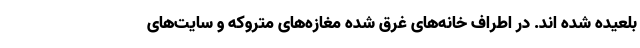
بلعیده شده اند. در اطراف خانه‌های غرق شده مغازه‌های متروکه و سایت‌های